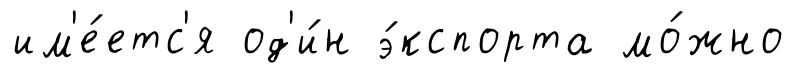
им'е́етс'я од'и́н э́кспорта мо́жно